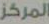
المركز